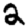
Digit: 2